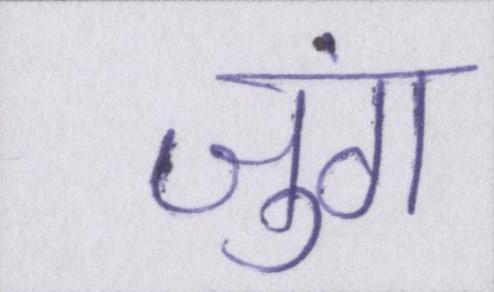
जुंग